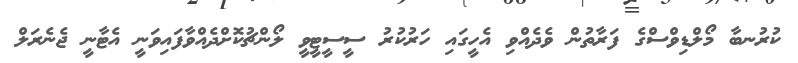
ކުރުނބާ މޯލްޑިވްސްގެ ފަރާތުން ވެދެއްވި އެހީގައި ހަރުކުރު ސީސީޓީވީ ލޯންޗުކޮށްދެއްވާފައިވަނީ އެޓާނީ ޖެނެރަލް